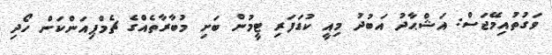
ވަގުތުއިމޭޖަސް: އަޝްޙާދު އަބުދު މިއީ ކުޑަފަރި ޓީމުން ބަށި މުބާރާތެއްގެ ޗެމްޕިއަންކަން ހޯދި